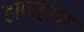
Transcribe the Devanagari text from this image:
हाणहाण